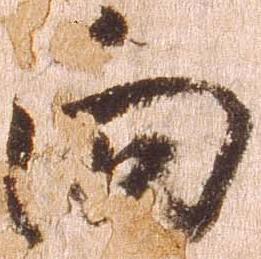
向